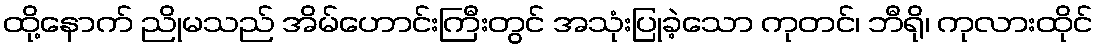
ထို့နောက် ညိုမသည် အိမ်ဟောင်းကြီးတွင် အသုံးပြုခဲ့သော ကုတင်၊ ဘီရို၊ ကုလားထိုင်